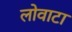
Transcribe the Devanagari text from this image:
लोवाटा